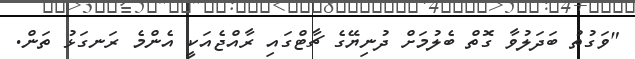
"ވަގުތު ބަދަލުވާ ގޮތް ބެލުމަށް ދުނިޔޭގެ ޗާޓްގައި ރާއްޖެއަކީ އެންމެ ރަނގަޅު ތަން.